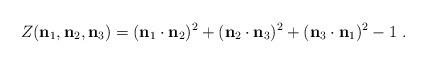
LaTeX: \begin{align*}Z(\mathbf{n}_{1},\mathbf{n}_{2},\mathbf{n}_{3}) =(\mathbf{n}_{1}\cdot\mathbf{n}_{2})^{2}+(\mathbf{n}_{2}\cdot\mathbf{n}_{3})^{2}+(\mathbf{n}_{3}\cdot\mathbf{n}_{1})^{2}-1\ .\end{align*}